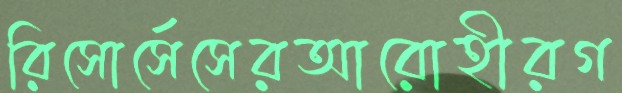
রিসোর্সেসেরআরোহীরগ